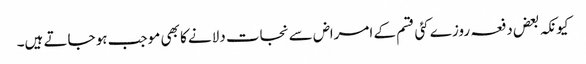
کیونکہ بعض دفعہ روزے کئی قسم کے امراض سے نجات دلانے کا بھی موجب ہو جاتے ہیں۔